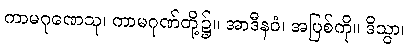
ကာမဂုဏေသု၊ ကာမဂုဏ်တို့၌။ အာဒီနဝံ၊ အပြစ်ကို။ ဒိသွာ၊